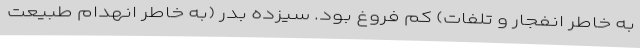
به خاطر انفجار و تلفات) کم فروغ بود. سیزده بدر (به خاطر انهدام طبیعت